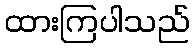
ထားကြပါသည်